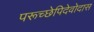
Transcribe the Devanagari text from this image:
परूच्छेपिदेवोदास